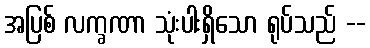
အပြစ် လက္ခဏာ သုံးပါးရှိသော ရုပ်သည် --